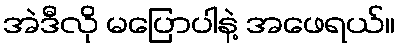
အဲဒီလို မပြောပါနဲ့ အဖေရယ်။